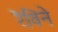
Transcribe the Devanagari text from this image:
रैविने